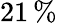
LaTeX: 21\, \%